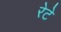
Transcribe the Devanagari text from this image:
रेटे